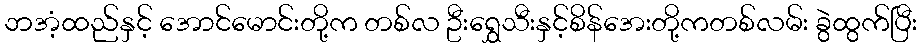
ဘအံ့ထည်နှင့် အောင်မောင်းတို့က တစ်လ ဦးရွှေသီးနှင့်စိန်အေးတို့ကတစ်လမ်း ခွဲထွက်ပြီး